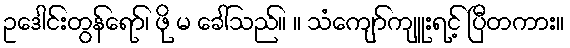
ဥဒေါင်းတွန်ရော်၊ ဖို မ ခေါ်သည်။ ။ သံကျော်ကျူးရင့် ပြီတကား။